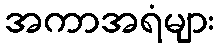
အကာအရံများ